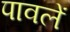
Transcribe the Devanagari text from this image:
पावलें